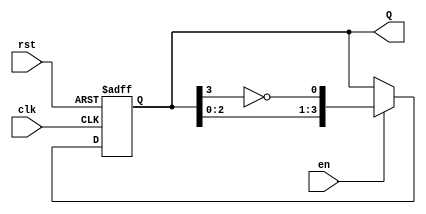
module johnson_counter #(
    parameter n = 4  // Number of flip-flops (adjust as needed)
)(
    input wire clk,   // Clock input
    input wire rst,   // Reset input
    input wire en,    // Enable input
    output reg [n-1:0] Q  // Counter output
);

    // Always block for the Johnson counter operation
    always @(posedge clk or posedge rst) begin
        if (rst) begin
            // Reset the counter to all zeros
            Q <= 0;
        end else if (en) begin
            // Johnson counter logic
            Q <= {Q[n-2:0], ~Q[n-1]}; // Shift left and feedback inverted last bit
        end
        // If enable is low, retain the current state (no else needed)
    end

endmodule